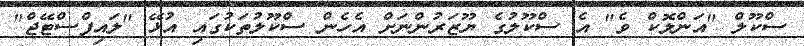
ސްކޫލް "އަންލޮކް ވެ" އެ ސްކޫލުގެ ޔޫޒަރުންނަށް އެހެން ސްކޫލުތަކުގައި އުޅޭ "ލައިފްސްޓޭޖް"